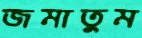
জমাতুম